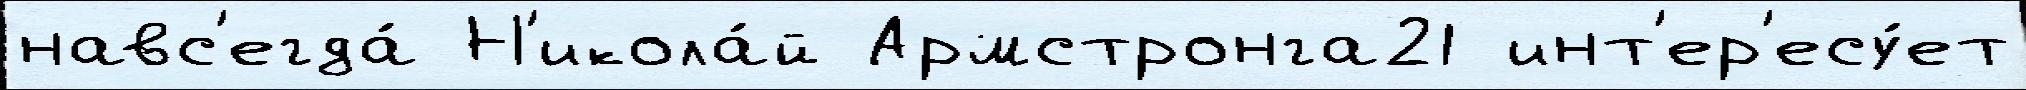
навс'егда́ Н'икола́й Армстронга21 инт'ер'есу́ет